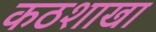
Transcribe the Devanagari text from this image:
कठशाखा